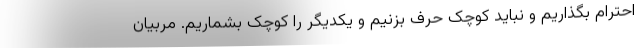
احترام بگذاریم و نباید کوچک حرف بزنیم و یکدیگر را کوچک بشماریم. مربیان